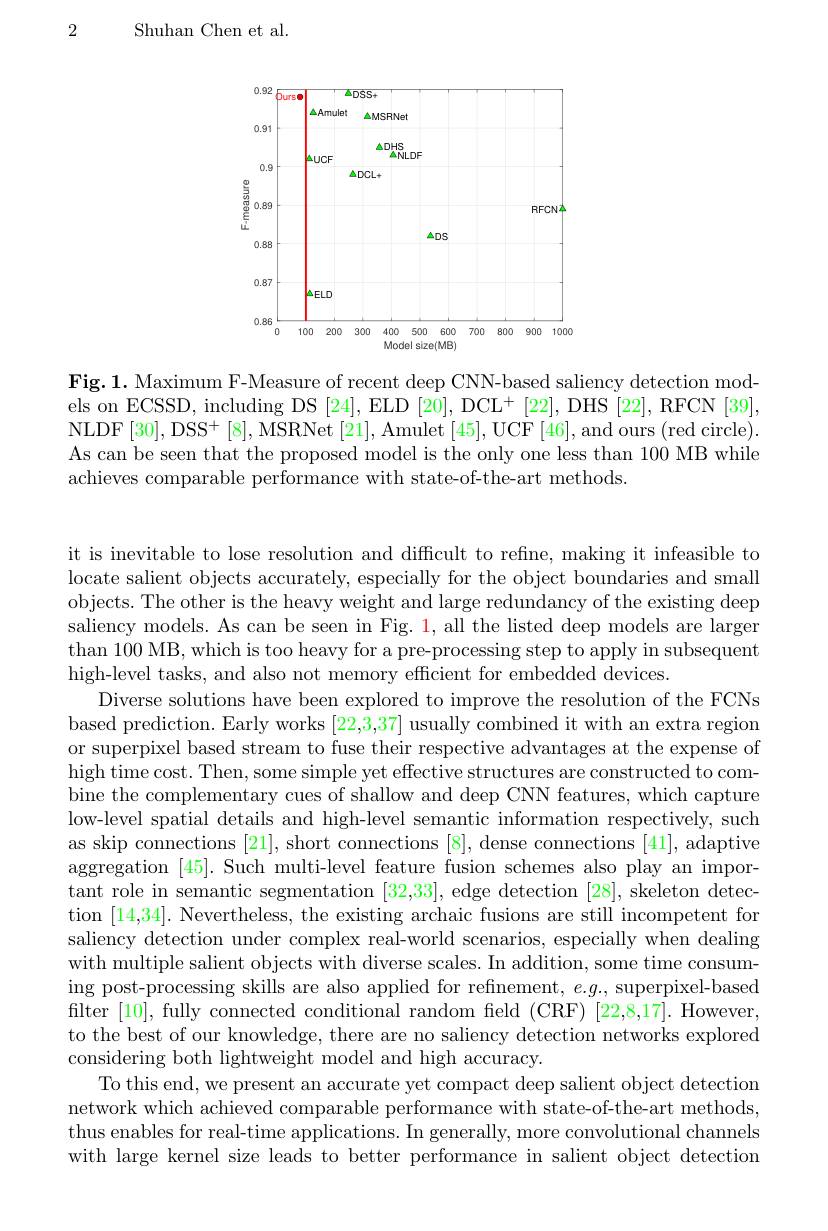
2

Shuhan Chen et al.

<FigureHere>

Fig.1. Maximum F-Measure of recent deep CNN-based saliency detection models on ECSSD, including DS [24], ELD [20], DCL+ [22], DHS [22], RFCN [39]. NLDF[ 30] , DS$S^{+ }$ [ 8] , MSRNet [ 21] , Amulet [ 45] , UCF [ 46] , and ours ( red circle) . As can be seen that the proposed model is the only one less than 100 MB while achieves comparable performance with state-of-the-art methods.

it is inevitable to lose resolution and difficult to refine, making it infeasible to locate salient objects accurately, especially for the object boundaries and small objects. The other is the heavy weight and large redundancy of the existing deep saliency models. As can be seen in Fig. 1, all the listed deep models are larger than 100 MB, which is too heavy for a pre-processing step to apply in subsequent high-level tasks, and also not memory efficient for embedded devices.
Diverse solutions have been explored to improve the resolution of the FCNs based prediction. Early works [22,3,37] usually combined it with an extra region or superpixel based stream to fuse their respective advantages at the expense of high time cost. Then, some simple yet effective structures are constructed to combine the complementary cues of shallow and deep CNN features, which capture low-level spatial details and high-level semantic information respectively, such as skip connections [21], short connections [8], dense connections [41], adaptive $\dot{\text{aggregation [45]. Such multi-level feature fusion schemes also play an impor-}}$ tant role in semantic segmentation [32,33], edge detection [28], skeleton detection [14,34]. Nevertheless, the existing archaic fusions are still incompetent for saliency detection under complex real-world scenarios, especially when dealing with multiple salient objects with diverse scales. In addition, some time consuming post-processing skills are also applied for refinement, $e.g.$, superpixel-based filter [10], fully connected conditional random field (CRF)[22,8,17]. However, to the best of our knowledge, there are no saliency detection networks explored considering both lightweight model and high accuracy.
To this end, we present an accurate yet compact deep salient object detection network which achieved comparable performance with state-of-the-art methods, thus enables for real-time applications. In generally, more convolutional channels with large kernel size leads to better performance in salient object detection